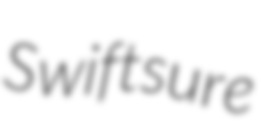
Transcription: Swiftsure